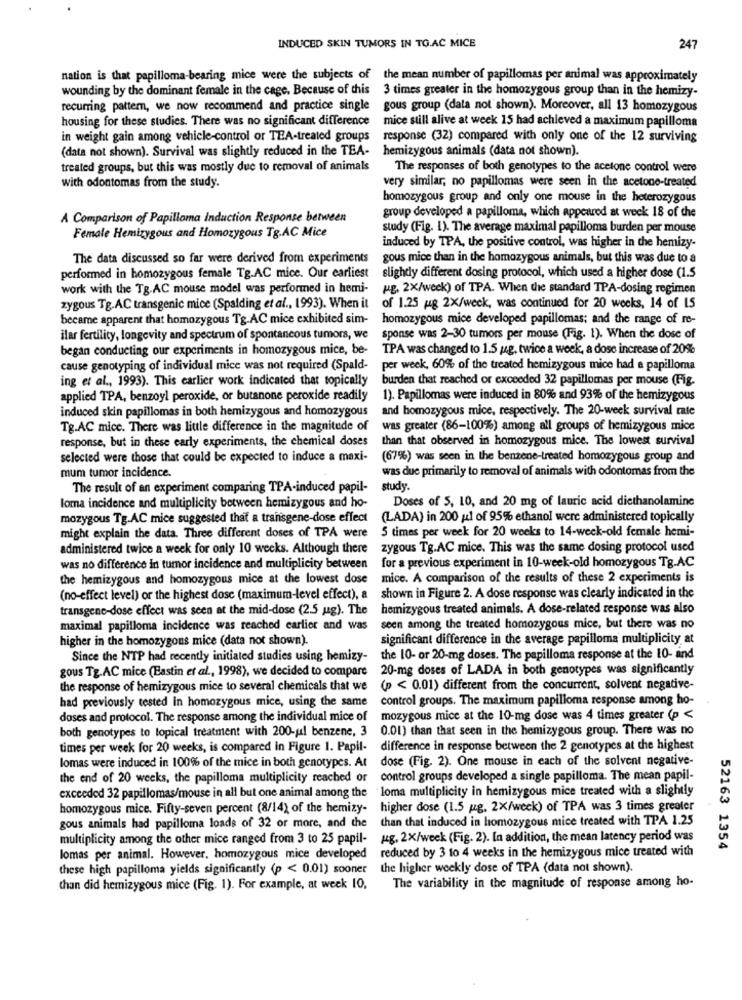
INDUCED SKIN TUMORS IN TO.AC MICE
247
nation is that papilloma-bearing mice were the subjects of the mean number of papillomas per animal was approximately
wounding by the dominant female in the cage. Because of this 3 times greater in the homozygous group than in the hemizy-
recurring pattern, we now recommend and practice single
gous group (data not shown). Moreover, all 13 homozygous
housing for these studies. There was no significant difference
mice still alive at week 15 had achieved a maximum papilloma
in weight gain among vehicle-control or TEA-treated groups
response (32) compared with only one of the 12 surviving
(data not shown). Survival was slightly reduced in the TEA- hemizygous animals (data not shown).
treated groups, but this was mostly due to removal of animals
The responses of both genotypes to the acetone control were
with odontomas from the study.
very similar, no papillomas were seen in the acetone-treated
homozygous group and only one mouse in the heterozygous
A Comparison of Papilloma Induction Response between
group developed a papilloma, which appeared at week 18 of the
study (Fig. 1). The average maximal papilloma burden per mouse
Female Hemizygous and Homozygous Tg.AC Mice
induced by TPA, the positive control, was higher in the hemizy-
The data discussed so far were derived from experiments
gous mice than in the homozygous animals, but this was due to a
performed in homozygous female Tg.AC mice. Our earliest slightly different dosing protocol, which used a higher dose (1.5
work with the Tg.AC mouse model was performed in hemi-
pg. 2x/week) of TPA. When the standard TPA-dosing regimen
zygous Tg.AC transgenic mice (Spalding et al ., 1993). When it
of 1.25 pg 2X/weck, was continued for 20 weeks, 14 of 15
became apparent that homozygous Tg.AC mice exhibited sim-
homozygous mice developed papillomas; and the range of re-
ilar fertility, longevity and spectrum of spontaneous tumors, we
sponse was 2-30 tumors per mouse (Fig. 1). When the dose of
began conducting our experiments in homozygous mice, be-
TPA was changed to 1.5 gg, twice a week, a dose increase of 20%
cause genotyping of individual mice was not required (Spald-
per week, 60% of the treated hemizygous mice had a papilloma
ing et al ., 1993). This earlier work indicated that topically
burden that reached or exceeded 32 papillomas per mouse (Fig.
applied TPA, benzoyl peroxide, or butanone peroxide readily
1). Papillomas were induced in 80% and 93% of the hemizygous
induced skin papillomas in both hemizygous and homozygous
and homozygous mice, respectively. The 20-week survival rate
Tg.AC mice. There was little difference in the magnitude of
was greater (86-100%) among all groups of hemizygous mice
response, but in these early experiments, the chemical doses
than that observed in homozygous mice. The lowest survival
selected were those that could be expected to induce a maxi-
(67%) was seen in the benzene-treated homozygous group and
was due primarily to removal of animals with odontomas from the
mum tumor incidence.
The result of an experiment comparing TPA-induced papil-
study.
Doses of 5, 10, and 20 mg of lauric acid diethanolamine
loma incidence and multiplicity between hemizygous and ho-
mozygous Tg.AC mice suggested that a transgene-dose effect
(LADA) in 200 ul of 95% ethanol were administered topically
5 times per week for 20 weeks to 14-week-old female hemi-
might explain the data. Three different doses of TPA were
administered twice a week for only 10 weeks. Although there
zygous Tg.AC mice. This was the same dosing protocol used
was no difference in tumor incidence and multiplicity between
for a previous experiment in 10-week-old homozygous Tg.AC
the hemizygous and homozygous mice at the lowest dose mice. A comparison of the results of these 2 experiments is
(no-effect level) or the highest dosc (maximum-level effect), a shown in Figure 2. A dose response was clearly indicated in the
transgene-dose effect was seen at the mid-dose (2.5 ug). The
hemizygous treated animals. A dose-related response was also
maximal papilloma incidence was reached earlier and was seen among the treated homozygous mice, but there was no
higher in the homozygous mice (data not shown).
significant difference in the average papilloma multiplicity at
Since the NTP had recently initiated studies using hemizy-
the 10- or 20-mg doses. The papilloma response at the 10- and
gous Tg.AC mice (Bastin et al ., 1998), we decided to compare
20-mg doses of LADA in both genotypes was significantly
the response of hemizygous mice to several chemicals that we
(p < 0.01) different from the concurrent, solvent negative-
had previously tested in homozygous mice, using the same
control groups. The maximum papilloma response among ho-
doses and protocol. The response among the individual mice of
mozygous mice at the 10-mg dose was 4 times greater (p <
both genotypes to topical treatment with 200-ul benzene, 3 0.01) than that seen in the hemizygous group. There was no
times per week for 20 weeks, is compared in Figure 1. Papil- difference in response between the 2 genotypes at the highest
lomas were induced in 100% of the mice in both genotypes. At dose (Fig. 2). One mouse in each of the solvent negative-
the end of 20 weeks, the papilloma multiplicity reached or control groups developed a single papilloma. The mean papil-
exceeded 32 papillomas/mouse in all but one animal among the loma multiplicity in hemizygous mice treated with a slightly
homozygous mice. Fifty-seven percent (8/14) of the hemizy-
higher dose (1.5 ug. 2X/week) of TPA was 3 times greater
gous animals had papilloma loads of 32 or more, and the than that induced in homozygous mice treated with TPA 1.25
multiplicity among the other mice ranged from 3 to 25 papil-
ug. 2x/week (Fig. 2). In addition, the mean latency period was
lomas per animal. However, homozygous mice developed reduced by 3 to 4 weeks in the hemizygous mice treated with
52163 1354
these high papilloma yields significantly (p < 0.01) sooner
the higher weekly dose of TPA (data not shown).
than did hemizygous mice (Fig. 1). For example, at week 10,
The variability in the magnitude of response among ho-